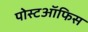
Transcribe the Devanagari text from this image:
पोस्टऑफिस